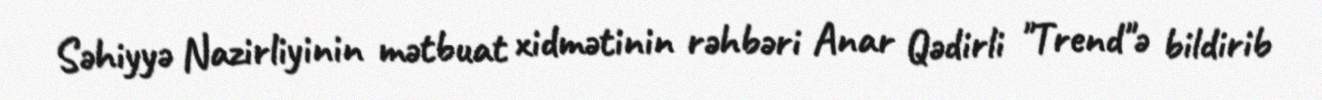
Səhiyyə Nazirliyinin mətbuat xidmətinin rəhbəri Anar Qədirli "Trend"ə bildirib